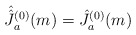
\begin{align*}\hat{\hat{J\hspace{.045in}^{}}}\hspace{-.05in}^{(0)}_a(m)=\hat{J}^{(0)}_a(m)\end{align*}